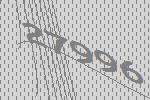
27996